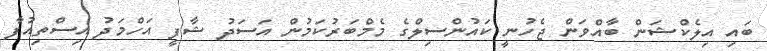
ބައި އިލެކްޝަން ބާއްވަން ޖެހުނީ ކައުންސިލްގެ މެމްބަރުކަމުން އަސަދު ޝާފީ އަހްމަދު އިސްތިއުފާ